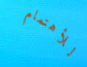
للأهتمام